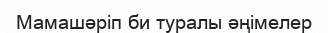
Мамашәріп би туралы әңімелер